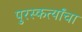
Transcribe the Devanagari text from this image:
पुरस्कर्त्यांचा